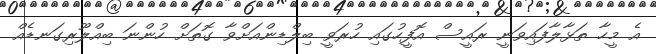
އެ މީހާ ތަޅާލާފައިވަނީ ރައީސް އޮފީހުގައި ހުރަވީ ބިލްޑިންއަށްވާ ގޮތަށް ހުންނަ ބިއްލޫރިގަނޑެއް